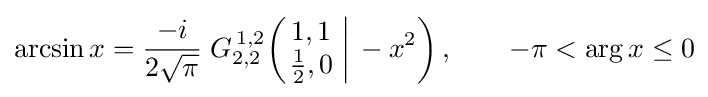
\arcsin x={\frac {-i}{2{\sqrt {\pi }}}}\;G_{2,2}^{\,1,2}\!\left(\left.{\begin{matrix}1,1\\{\frac {1}{2}},0\end{matrix}}\;\right|\,-x^{2}\right),\qquad -\pi <\arg x\leq 0